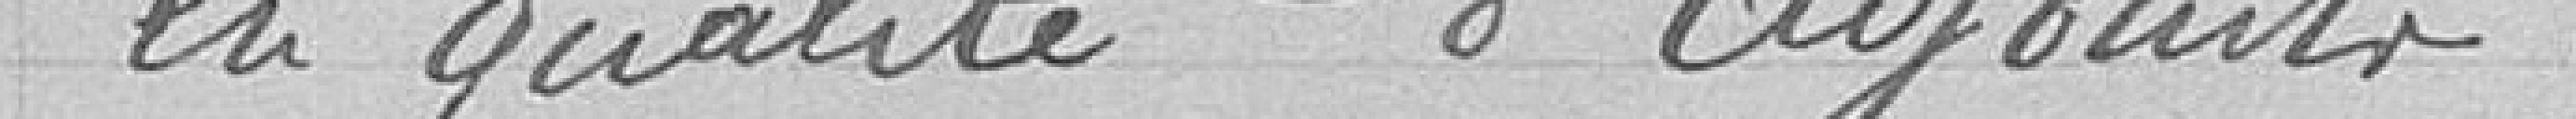
la qualité d'adjoints